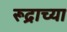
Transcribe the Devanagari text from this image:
रूद्राच्या